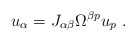
\begin{align*}u_\alpha = J_{\alpha \beta} \Omega^{\beta p} u_p \ .\end{align*}